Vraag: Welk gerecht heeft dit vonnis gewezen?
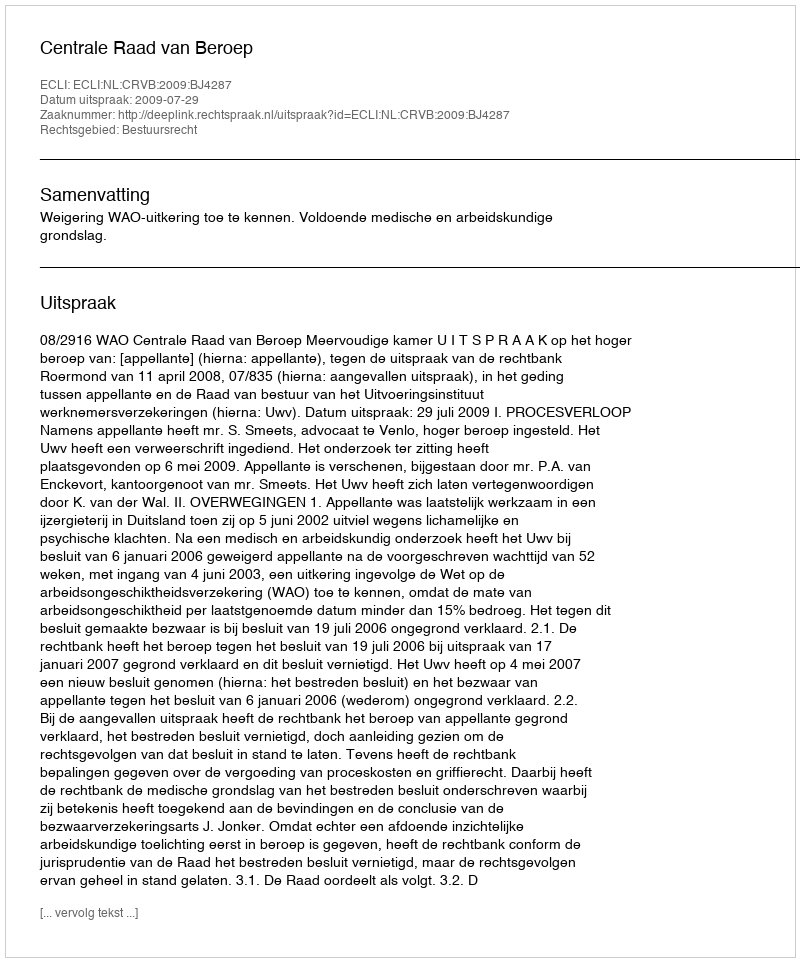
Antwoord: Centrale Raad van Beroep